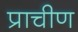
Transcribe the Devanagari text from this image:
प्राचीण